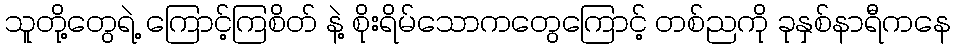
သူတို့တွေရဲ့ ကြောင့်ကြစိတ် နဲ့ စိုးရိမ်သောကတွေကြောင့် တစ်ညကို ခုနှစ်နာရီကနေ